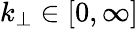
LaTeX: k_{\perp}\in[0,\infty]